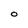
Character: O